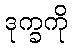
ဒုက္ခကို